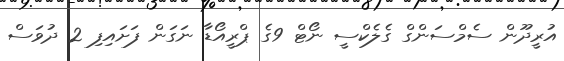
އުރީދޫން ސެމްސަންގް ގެލެކްސީ ނޯޓް 9ގެ ޕްރީއޯޑާ ނަގަން ފަށައިފި 2 ދުވަސް